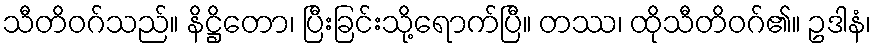
သီတိဝဂ်သည်။ နိဋ္ဌိတော၊ ပြီးခြင်းသို့ရောက်ပြီ။ တဿ၊ ထိုသီတိဝဂ်၏။ ဥဒါနံ၊